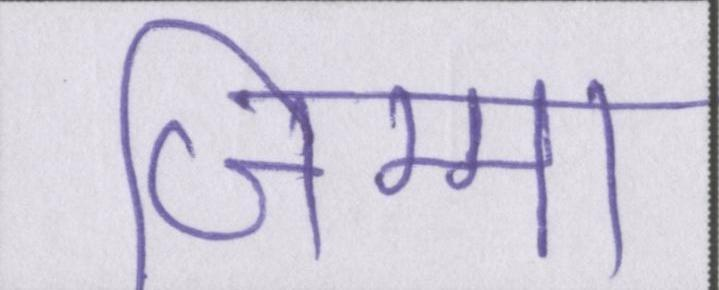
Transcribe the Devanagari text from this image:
जिम्मा